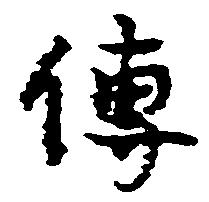
伝